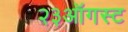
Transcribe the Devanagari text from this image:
२३ऑगस्ट